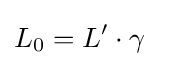
L_{0}=L'\cdot \gamma \ \